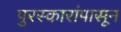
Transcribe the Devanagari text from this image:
पुरस्कारांपासून